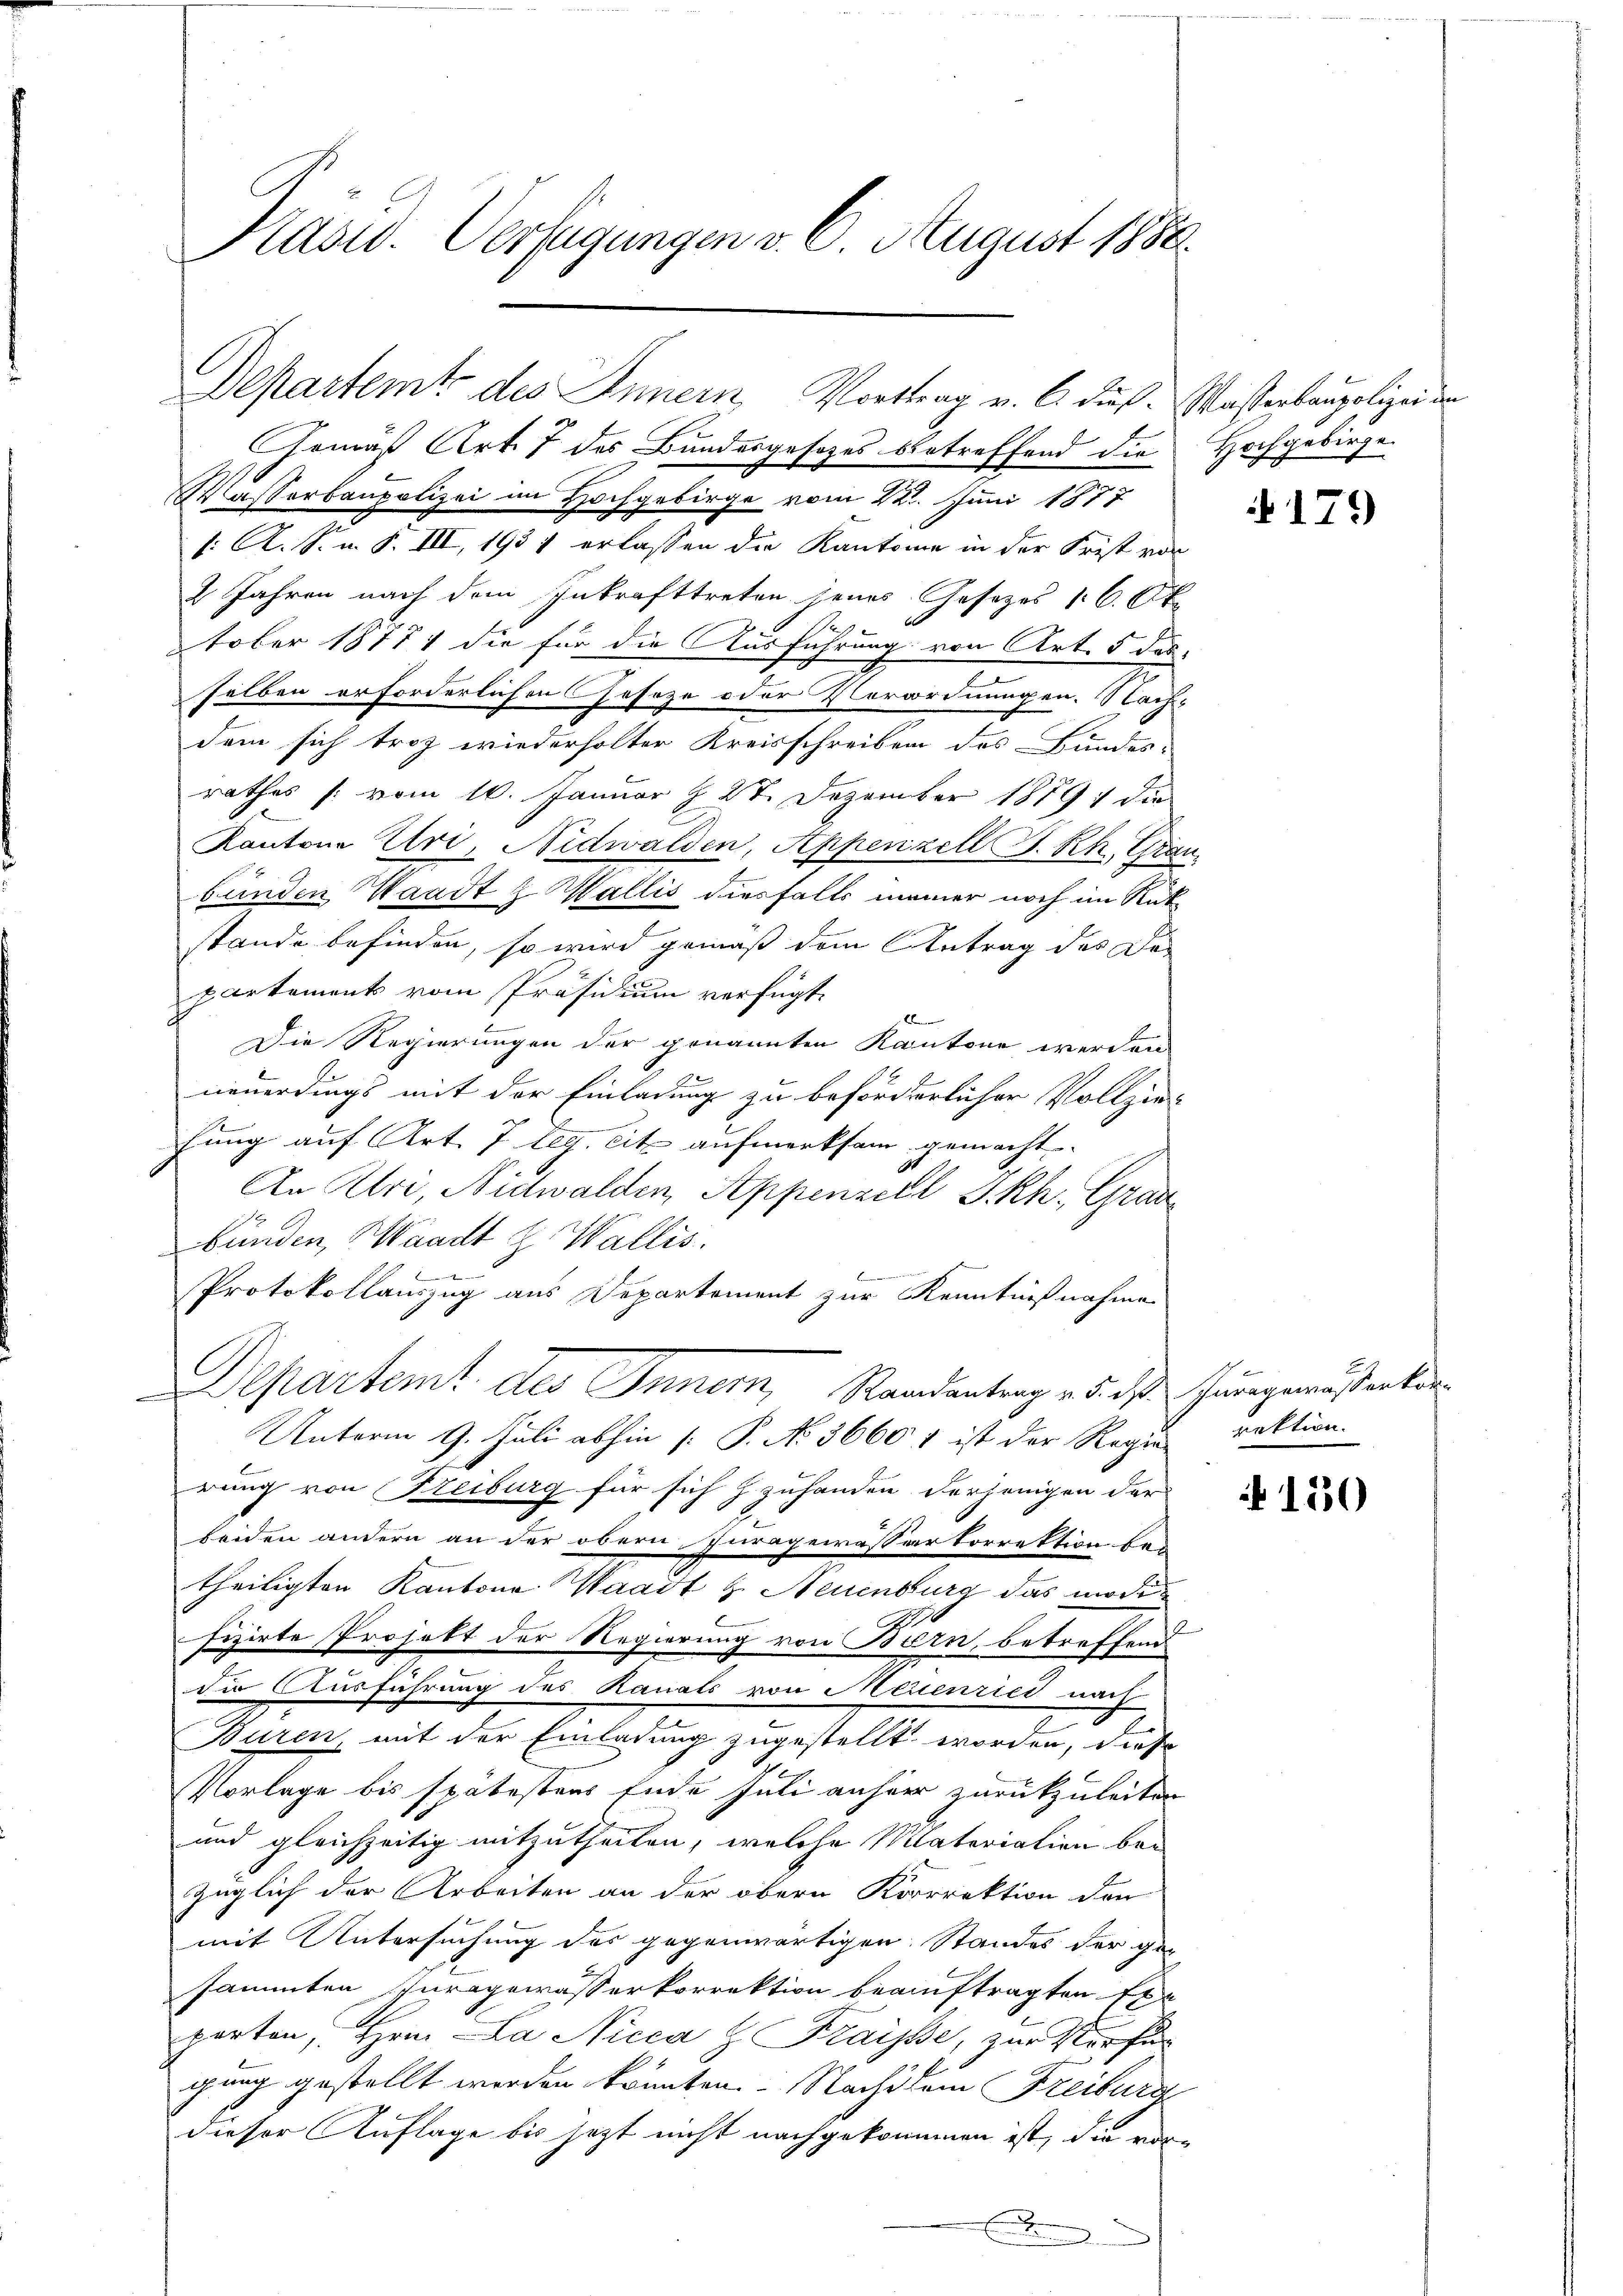
Präsid. Verfügungen v. 6. August 1858.

Gemäß Art. 7 des Bundesgesetzes betreffend die Hochgebirge
Wasserbaupolizei im Hochgebirge vom 22. Juni 1877
1: K. S. v. 8. III, 1935 erlassen die Kantonie in der Frist vor
2 Jahren nach dem Inkrafttreten jenes Gesetzes 16. Okt
1
tober 18771 die für die Ausführung von Art. 5 des
selben erforderlichen Geseze oder Vorordnungen. Nachdem sich troz wiederholter Kreisschreiben des Bundes-
rathes /: vom 10. Januar § 27. Dezember 1889 die
Kantone Uri, Nidwalden, Appenzell S. Rh., Gran
bunden Waadt & Wallis diesfalls meiner noch im Rükstande befinden, so wird gemäß dem Antrag des Da-
partements vom Präsidium verfügt:

Die Regierungen der genannten Kantone werden
neuerdings mit der Einladung zu beförderlicher Vollziefung auf Art. 7 leg. cit. aufmerksam gemacht,
An Uri, Nidwalden, Appenzell I.Rh. Grau
bünden, Waadt z. Wallis.
7
Protokollauszug aus Departement zur Kenntnißnahme
Departemt des Inner, Randantrag es das ungemässerlie¬
Unterm 9. Juli abhin [ P. No 36601 ist der Regie-
rung von Freiburg für sich z zuhanden derjenigen der
beiden andern an der obern, Furagewässerkorrektion betheiligten Kantone Waadt H. Neuenburg das modifizirte Projekt der Regierung von Bern, betreffend
die Ausführung des Kanals von Meienried nach
Buren, mit der Einladung zugestellt worden, diese
Vorlage bis spätestens Ende Juli anher zurückzuleiten
und gleichzeitig mitzutheilen, welche Materiation bei
züglich der Arbeiten an der obern Korrrektion den
mit Untersuchung des gegenwärtigen Standes der ge-
sammten Iuragewässerkorrektion beauftragten Exe
parten, Hrn. La Nicca & Fraisse, zur Vorfun
gung gestellt werden könnten. Nachdem Freiburg
dieser Auflage bis jetzt nicht nachgekommen ist, die vor-
E

Departemt des Innern, Vorttrag v. 6. Fuß. Wasserbaupolizei den

179

rektion.

130